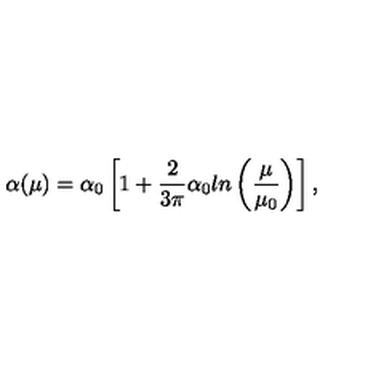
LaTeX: \alpha ( \mu ) = \alpha _ { 0 } \left[ 1 + \frac { 2 } { 3 \pi } \alpha _ { 0 } l n \left( \frac { \mu } { \mu _ { 0 } } \right) \right] ,